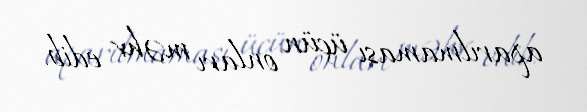
aparılmaması üçün onları məhv edib.